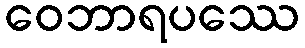
ဝေဘာရပဿေ